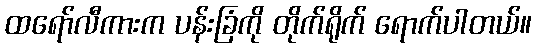
ထရော်လီကားက ပန်းခြံကို တိုက်ရိုက် ရောက်ပါတယ်။